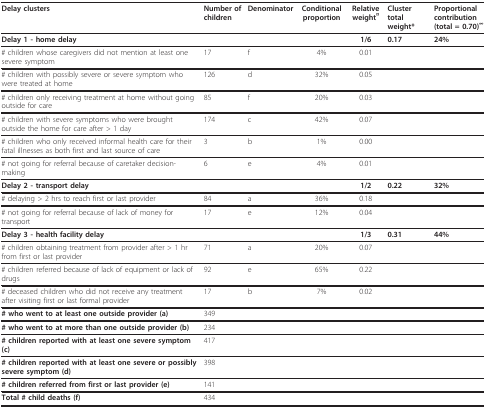
| Delay clusters | Number of children | Denominator | Conditional proportion | Relative weight¤ | Cluster total weight* | Proportional contribution (total = 0.70)∞ |
 | --- | --- | --- | --- | --- | --- | --- |
 | Delay 1 - home delay |  |  |  | 1/6 | 0.17 | 24% |
 | # children whose caregivers did not mention at least one severe symptom | 17 | f | 4% | 0.01 |  |  |
 | # children with possibly severe or severe symptom who were treated at home | 126 | d | 32% | 0.05 |  |  |
 | # children only receiving treatment at home without going outside for care | 85 | f | 20% | 0.03 |  |  |
 | # children with severe symptoms who were brought outside the home for care after > 1 day | 174 | c | 42% | 0.07 |  |  |
 | # children who only received informal health care for their fatal illnesses as both first and last source of care | 3 | b | 1% | 0.00 |  |  |
 | # not going for referral because of caretaker decision-making | 6 | e | 4% | 0.01 |  |  |
 | Delay 2 - transport delay |  |  |  | 1/2 | 0.22 | 32% |
 | # delaying > 2 hrs to reach first or last provider | 84 | a | 36% | 0.18 |  |  |
 | # not going for referral because of lack of money for transport | 17 | e | 12% | 0.04 |  |  |
 | Delay 3 - health facility delay |  |  |  | 1/3 | 0.31 | 44% |
 | # children obtaining treatment from provider after > 1 hr from first or last provider | 71 | a | 20% | 0.07 |  |  |
 | # children referred because of lack of equipment or lack of drugs | 92 | e | 65% | 0.22 |  |  |
 | # deceased children who did not receive any treatment after visiting first or last formal provider | 17 | b | 7% | 0.02 |  |  |
 | # who went to at least one outside provider (a) | 349 |  |  |  |  |  |
 | # who went to at more than one outside provider (b) | 234 |  |  |  |  |  |
 | # children reported with at least one severe symptom (c) | 417 |  |  |  |  |  |
 | # children reported with at least one severe or possibly severe symptom (d) | 398 |  |  |  |  |  |
 | # children referred from first or last provider (e) | 141 |  |  |  |  |  |
 | Total # child deaths (f) | 434 |  |  |  |  |  |